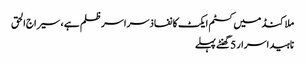
ملاکنڈ میں کسٹم ایکٹ کا نفاذ سراسر ظلم ہے ، سیراج الحق
ناہید اسرار 5 گھنٹے پہلے